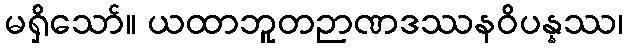
မရှိသော်။ ယထာဘူတဉာဏဒဿနဝိပန္နဿ၊